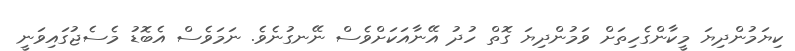
ކިޔަމުންދިޔަ މީކާންގެހިތަށް ވަމުންދިޔަ ގޮތް ހުދު އޭނާއަކަށްވެސް ނޭނގުނެވެ. ނަމަވެސް އެބޮޑު މެސެޖުގައިވަނީ